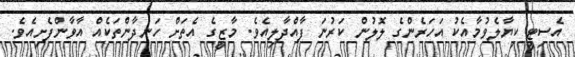
އެސިޓީ ކިޔާލެވުމާއެކު އަހަރެންގެ ލޮލުން ކަރުނަ ފާއްދާލިއެވެ. މާޒީގެ އެތަށް ހަނދާންތަކެއް އާވާންފެށިއެވެ.